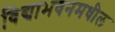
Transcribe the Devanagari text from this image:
विद्याभवनमधील